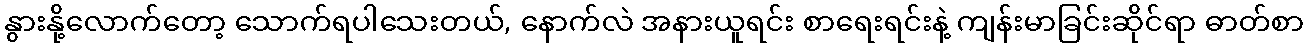
နွားနို့လောက်တော့ သောက်ရပါသေးတယ်, နောက်လဲ အနားယူရင်း စာရေးရင်းနဲ့ ကျန်းမာခြင်းဆိုင်ရာ ဓာတ်စာ